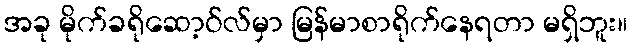
အခု မိုက်ခရိုဆော့ဝ်လ်မှာ မြန်မာစာရိုက်နေရတာ မရှိဘူး။